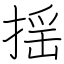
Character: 揺